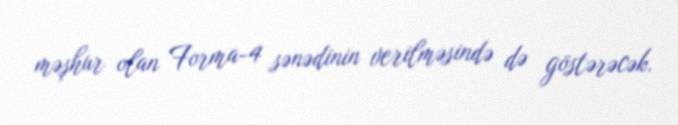
məşhur olan Forma-4 sənədinin verilməsində də göstərəcək.